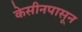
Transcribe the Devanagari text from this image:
केसीनपासून